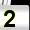
Digit: 2